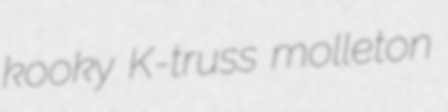
kooky K-truss molleton